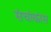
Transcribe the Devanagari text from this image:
संचांकांस